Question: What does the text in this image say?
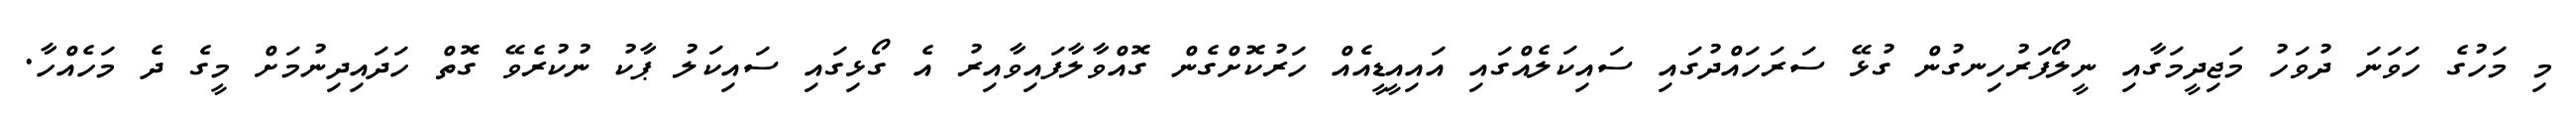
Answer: މި މަހުގެ ހަވަނަ ދުވަހު މަޖިދީމަގާއި ނީލޯފަރުހިނގުން ގުޅޭ ސަރަހައްދުގައި ސައިކަލެއްގައި އައިއީޑީއެއް ހަރުކޮށްގެން ގޮއްވާލާފައިވާއިރު އެ ގޯޅިގައި ސައިކަލު ޕާކު ނުކުރެވޭ ގޮތް ހަދައިދިނުމަށް މީގެ ދެ މަހެއްހާ.